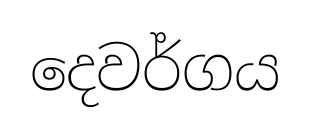
දෙවර්ගය